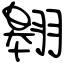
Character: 翱